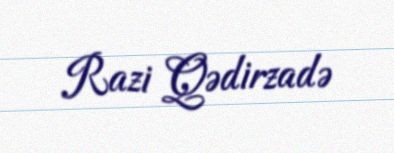
Razi Qədirzadə